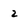
Character: 2